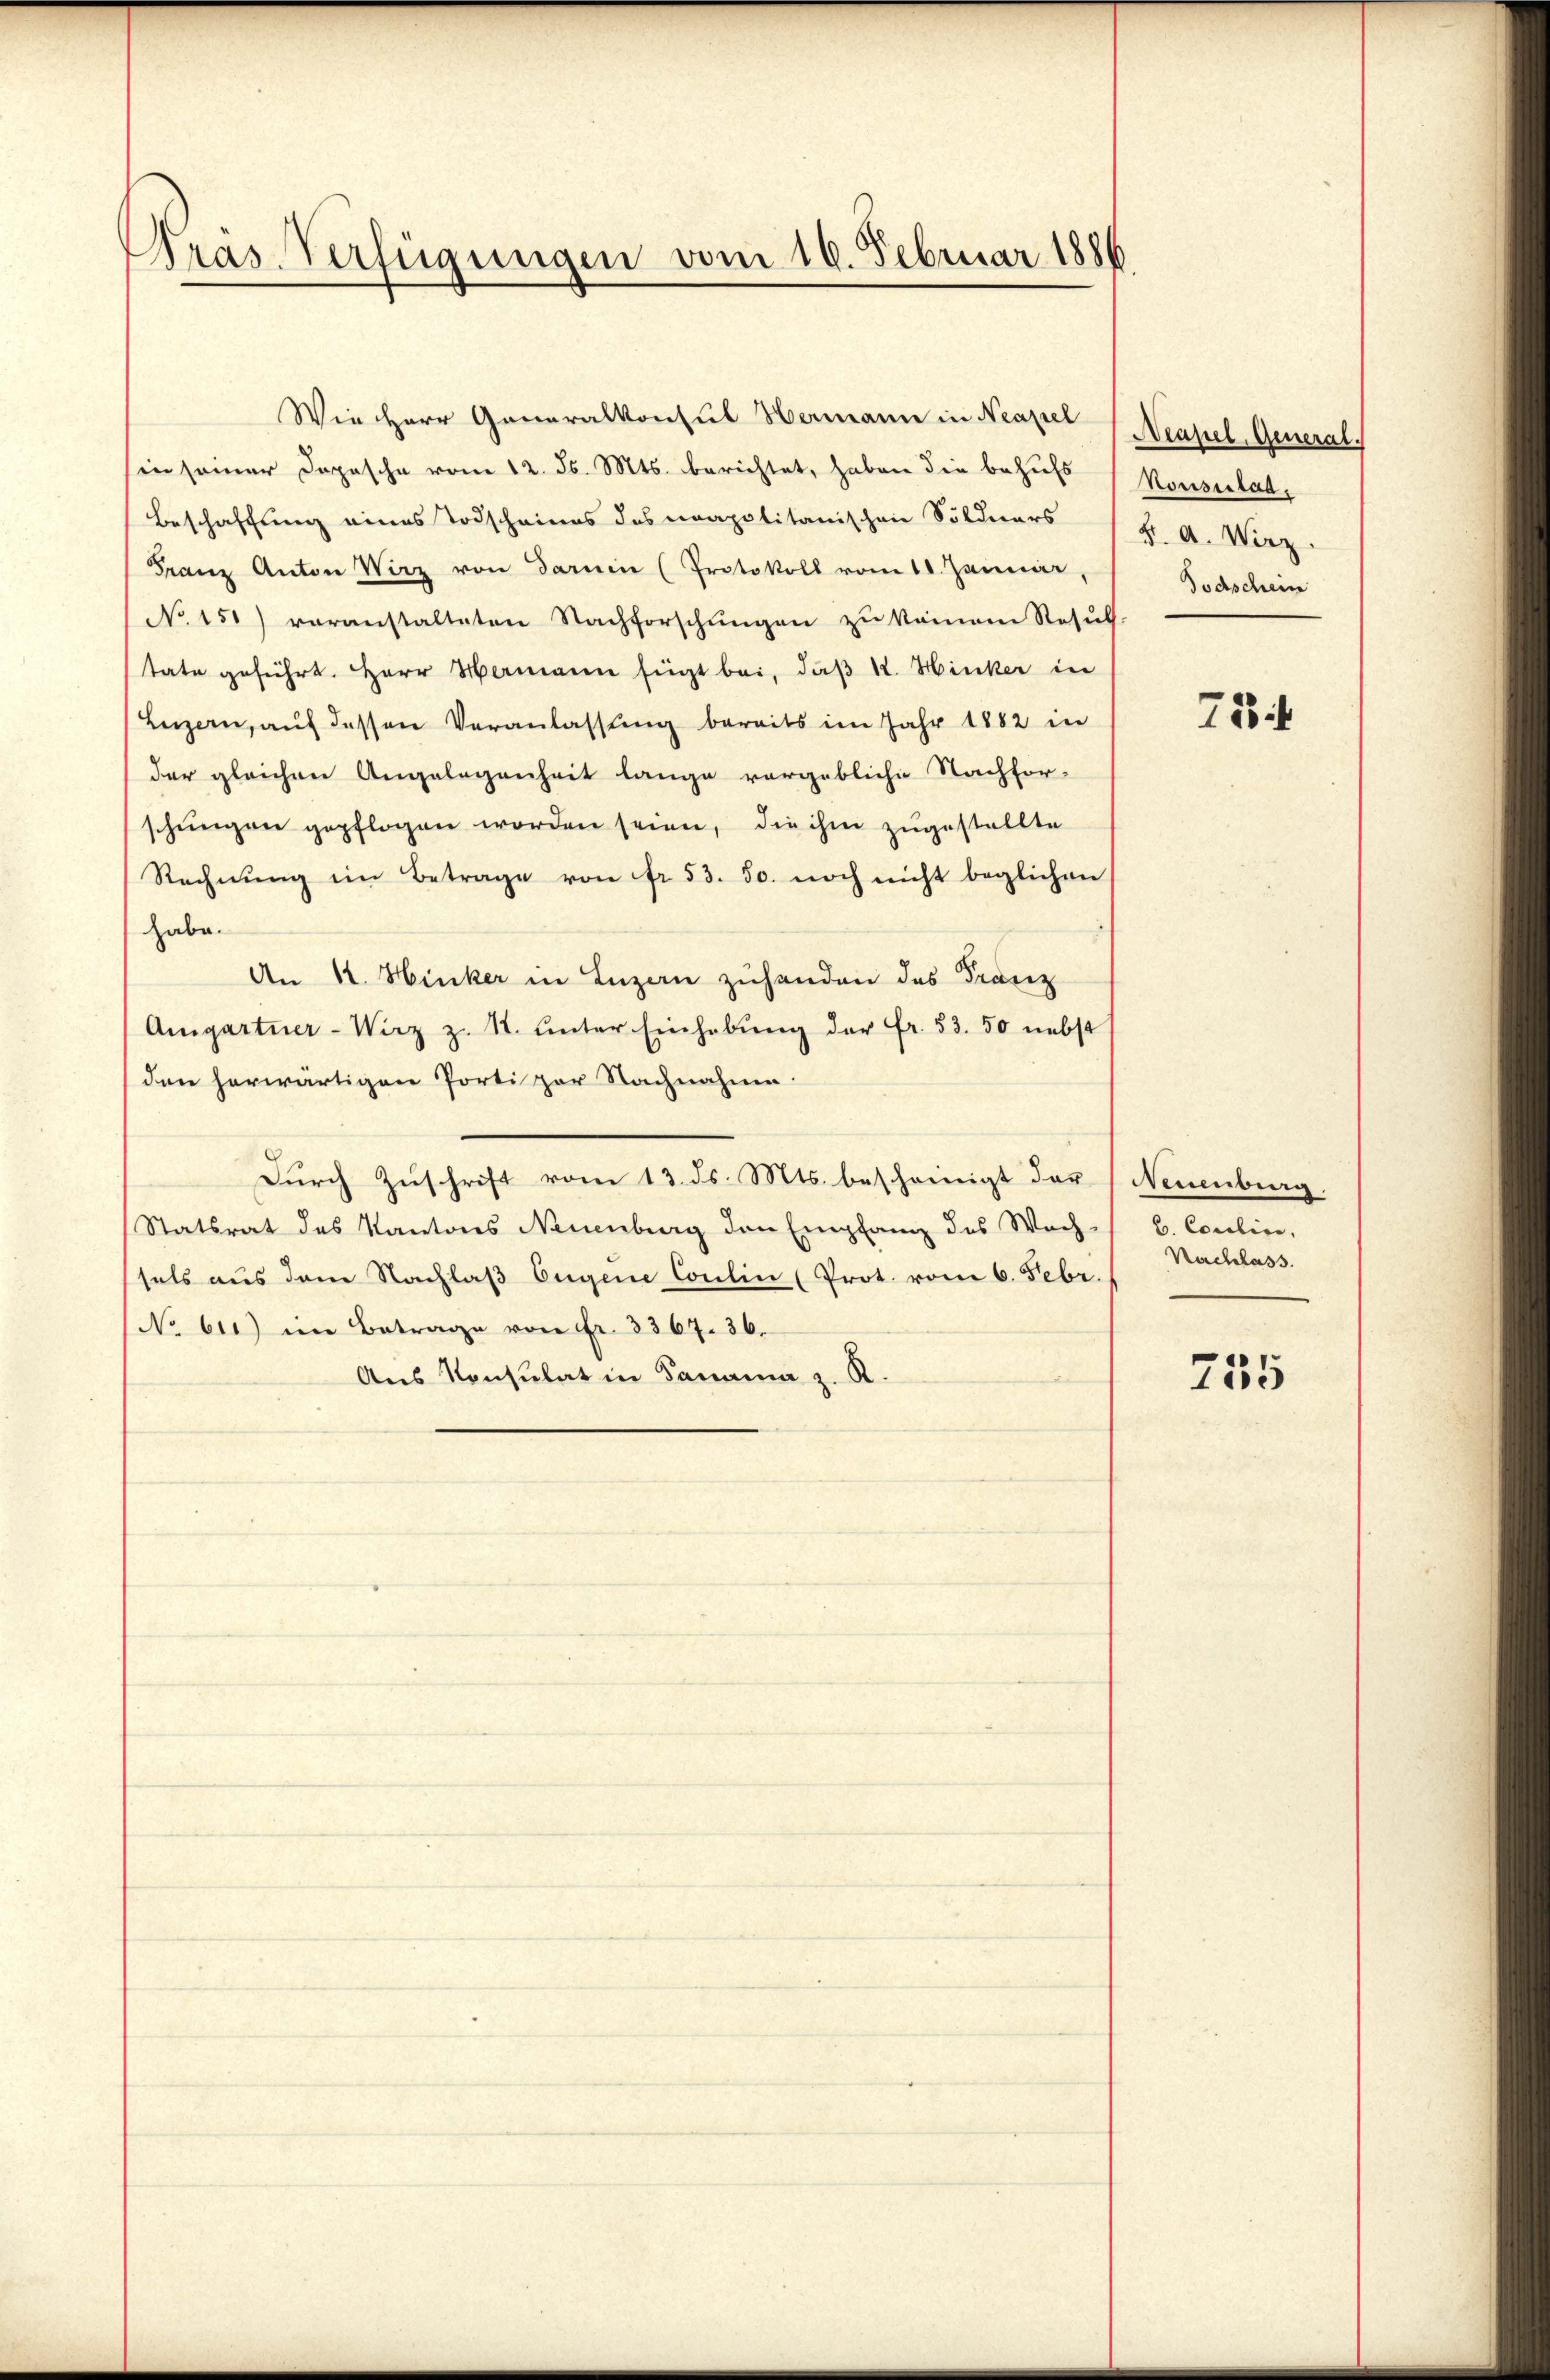
Präs. Verfügungen vom 16. Februar 1886.

der gleichen Angelegenheit lange vergebliche Nachfor-
schungen gepflogen worden seien, die ihm zugestellte
Rechnŭng im Betrage von fr. 53. 50. noch nicht beglichen
habe.
An 14. Hinker in Luzern zuhanden das Franz
Amgartner-Wirz z. S. unter Einhebung der Fr. 53. 50 nebst
den herwärtigen Porti zur Nachnahme.
Durch Zuschrift vom 13. ds. Mts. bescheinigt dar
Statsrat des Kantons Neuenburg den Empfang des Wach-
sels aus dem Nachlaß Eugene Coulin (Prot. vom 6. Febr.
No 611) im Betrage von Fr. 3367. 36.
Aus Konsulat in Panama z. R.

Wie Herr Generalkonsul Hermann in Neapel
in seiner Dopische vom 12. d. Mts. berichtet, haben die behufs
Beschaffung eines Todscheines des neapolitanischen Söldners
Franz Anton Wirz von darnin (Protokoll vom 11. Januar,
No. 151) voranstalteten Nachforschŭngen zŭ kamen Resŭl
tate geführt. Herr Hermann fügt bei, daß K. Hinker in
Luzern, aŭf dessen Veranlassŭng bereits im Jahr 1882 in

Mlapel, General.
Konsertat.
H. A. Wirz.
Todschein

72

Mmenberg
b. Conclus.
Nachlass.

755